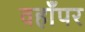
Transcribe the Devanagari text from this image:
वहाँपर